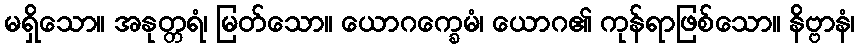
မရှိသော။ အနုတ္တရံ၊ မြတ်သော။ ယောဂက္ခေမံ၊ ယောဂ၏ ကုန်ရာဖြစ်သော။ နိဗ္ဗာနံ၊